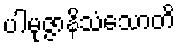
ပါမုဇ္ဇာနိသံသောတိ